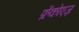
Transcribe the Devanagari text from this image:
फ्रेंकोएज़